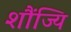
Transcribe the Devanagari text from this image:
शौंज्यि